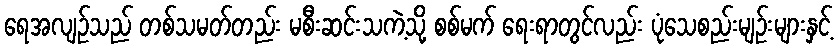
ရေအလျဉ်သည် တစ်သမတ်တည်း မစီးဆင်းသကဲ့သို့ စစ်မက် ရေးရာတွင်လည်း ပုံသေစည်းမျဉ်းများနှင့်